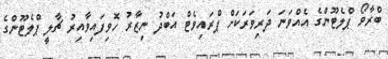
ބްރާވޯ ޕްލެޓޫންގެ އެއްވަނަ ދަރިވަރަކަށް ޕްރައިވެޓް އަބްދު ނިޒާރު ހޮވިފައިވާއިރު ޗާލީ ޕްލެޓޫންގެ